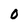
Character: O